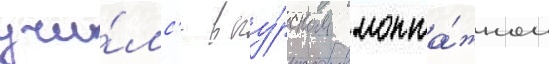
учи́лс'я в ку́рском монта́жном